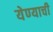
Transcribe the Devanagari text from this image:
येण्‍याची